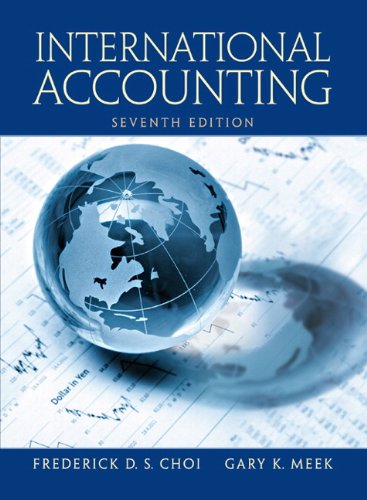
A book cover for International Accounting (7th Edition); Frederick D. Choi; Business & Money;